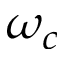
\omega _ { c }